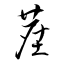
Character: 塵